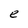
Character: e